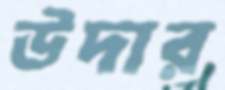
উদার